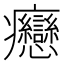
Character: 𤼣